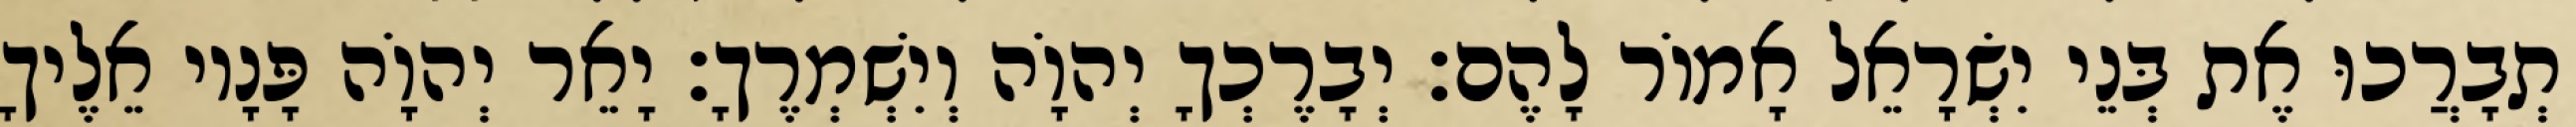
תְבָרֲכוּ אֶת בְּנֵי יִשְׂרָאֵל אָמוֹר לָהֶם׃ יְבָרֶכְךָ יְהוָֹה וְיִשְׁמְרֶךָ׃ יָאֵר יְהוָֹה פָּנָיו אֵלֶיךָ